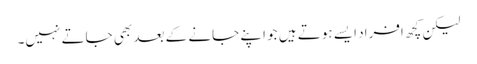
لیکن کچھ افراد ایسے ہوتے ہیں جو اپنے جانے کے بعد بھی جاتے نہیں۔